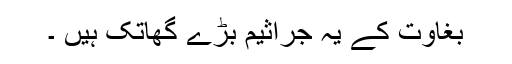
بغاوت کے یہ جراثيم بڑے گھاتک ہیں ۔